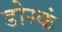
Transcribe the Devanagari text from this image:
डोस्कं